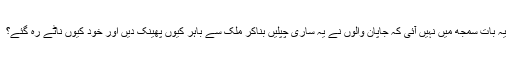
یہ بات سمجھ میں نہیں آئی کہ جاپان والوں نے یہ ساری چپلیں بناکر ملک سے باہر کیوں پھینک دیں اور خود کیوں ناٹے رہ گئے؟